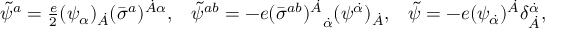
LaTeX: \begin{array} { l l l } { { \tilde { \psi } ^ { a } = { \frac { e } { 2 } } ( \psi _ { \alpha } ) _ { \dot { A } } ( \bar { \sigma } ^ { a } ) ^ { \dot { A } \alpha } , } } & { { \tilde { \psi } ^ { a b } = - e { ( \bar { \sigma } ^ { a b } ) ^ { \dot { A } } } _ { \dot { \alpha } } ( \psi ^ { \dot { \alpha } } ) _ { \dot { A } } , } } & { { \tilde { \psi } = - e ( \psi _ { \dot { \alpha } } ) ^ { \dot { A } } \delta _ { \dot { A } } ^ { \dot { \alpha } } , } } \end{array}